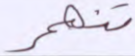
تنهر